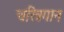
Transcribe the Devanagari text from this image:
चरित्रगान